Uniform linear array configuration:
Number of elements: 16
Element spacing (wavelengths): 0.25
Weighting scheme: cosine
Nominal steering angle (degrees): -60
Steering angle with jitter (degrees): -59.192
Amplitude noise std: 0.05
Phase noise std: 0.05

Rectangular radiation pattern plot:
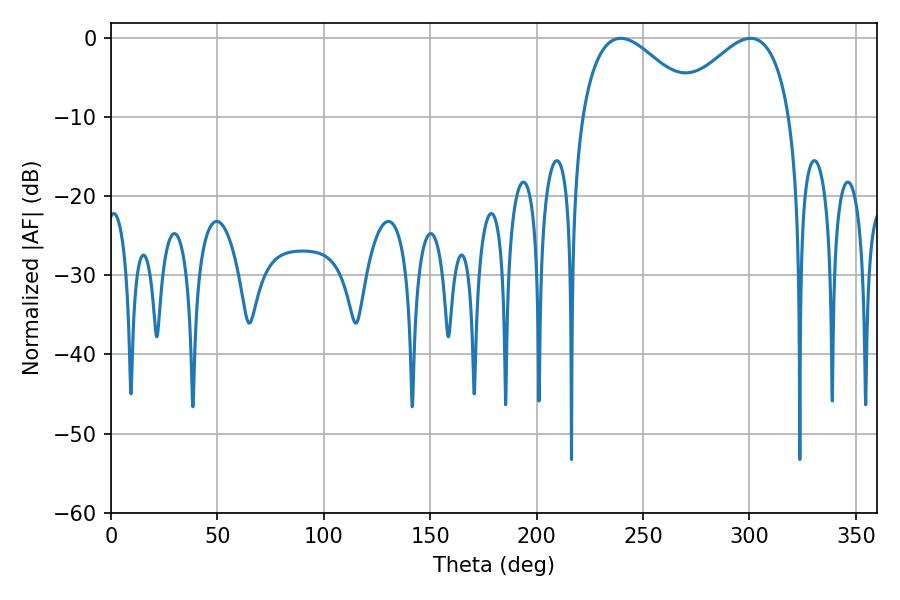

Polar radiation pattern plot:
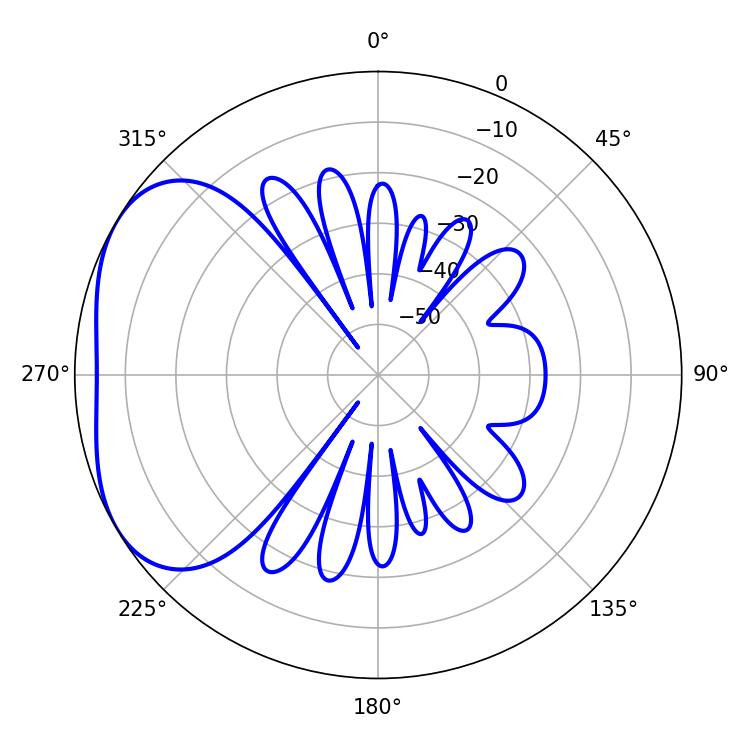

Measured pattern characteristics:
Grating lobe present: FALSE
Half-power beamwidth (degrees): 29.7
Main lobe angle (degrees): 239.58